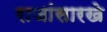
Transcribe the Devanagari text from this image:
राजांसारखे